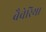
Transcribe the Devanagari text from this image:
बैवेरिया